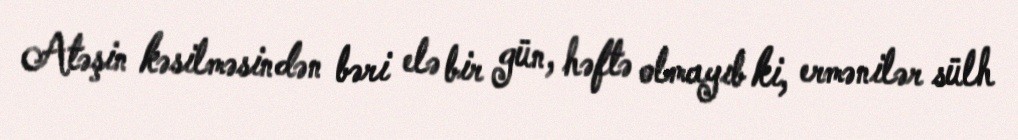
Atəşin kəsilməsindən bəri elə bir gün, həftə olmayıb ki, ermənilər sülh